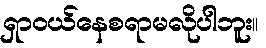
ရှာဝယ်နေစရာမလိုပါဘူး။